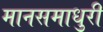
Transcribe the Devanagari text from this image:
मानसमाधुरी